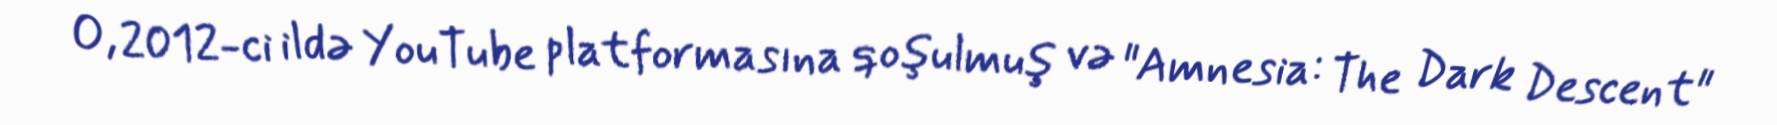
O, 2012-ci ildə YouTube platformasına qoşulmuş və "Amnesia: The Dark Descent"